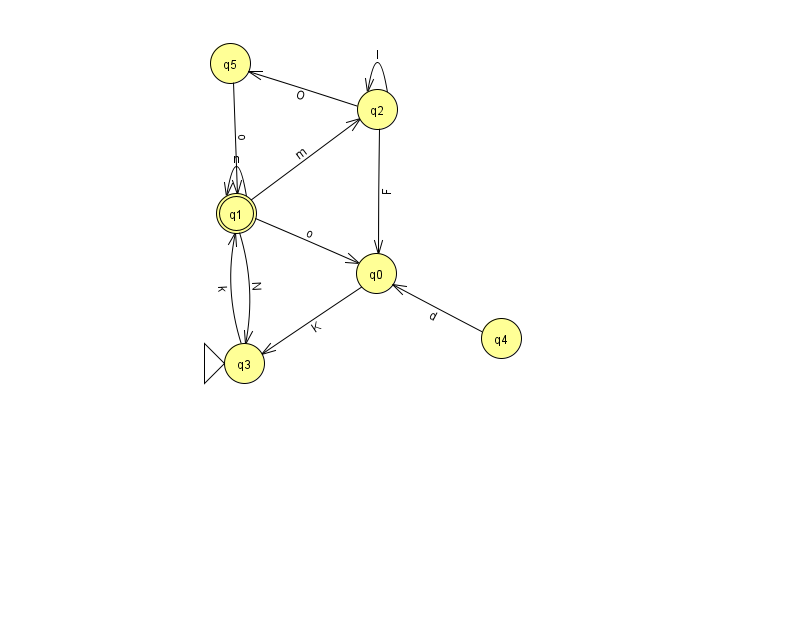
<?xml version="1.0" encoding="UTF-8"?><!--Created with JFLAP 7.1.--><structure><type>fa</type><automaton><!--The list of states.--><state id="0" name="q0"><x>376.0</x><y>260.0</y></state><state id="1" name="q1"><x>236.0</x><y>200.0</y><final/></state><state id="2" name="q2"><x>377.0</x><y>96.0</y></state><state id="3" name="q3"><x>244.0</x><y>350.0</y><initial/></state><state id="4" name="q4"><x>501.0</x><y>325.0</y></state><state id="5" name="q5"><x>230.0</x><y>50.0</y></state><!--The list of transitions.--><transition><from>2</from><to>0</to><read>F</read></transition><transition><from>1</from><to>3</to><read>N</read></transition><transition><from>1</from><to>2</to><read>m</read></transition><transition><from>2</from><to>5</to><read>O</read></transition><transition><from>1</from><to>0</to><read>o</read></transition><transition><from>3</from><to>1</to><read>k</read></transition><transition><from>5</from><to>1</to><read>o</read></transition><transition><from>2</from><to>2</to><read>l</read></transition><transition><from>4</from><to>0</to><read>d</read></transition><transition><from>0</from><to>3</to><read>K</read></transition><transition><from>1</from><to>1</to><read>n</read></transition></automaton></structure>